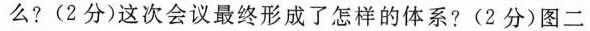
么? (2分)这次会议最终形成了怎样的体系?(2分)图二